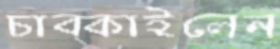
চাব্‌কাইলেন